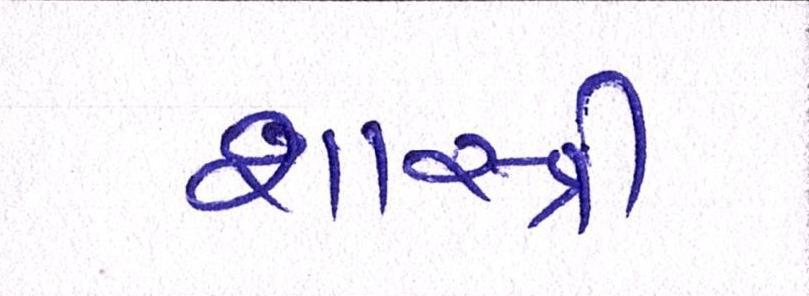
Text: શાસ્ત્રી